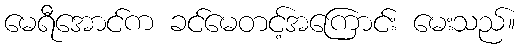
မေရီအောင်က ခင်မေတင့်အကြောင်း မေးသည်။